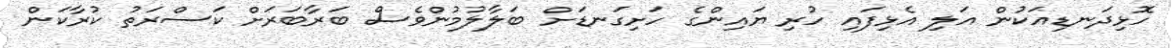
ހޮޅިދަނޑިއަކުން އަލި އެޅިފައި ހުރި ޔައިންގެ ހަށިގަނޑަށް ބަލާލުމުންވެސް ބަރާބަރަށް ކަސްރަތު ކުރާކަން